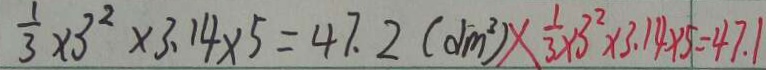
\frac { 1 } { 3 } \times 3 ^ { 2 } \times 3 . 1 4 \times 5 = 4 7 . 2 ( d m ^ { 3 } ) \times \frac { 1 } { 3 } \times 3 ^ { 2 } \times 3 . 1 4 \times 5 = 4 7 . 1